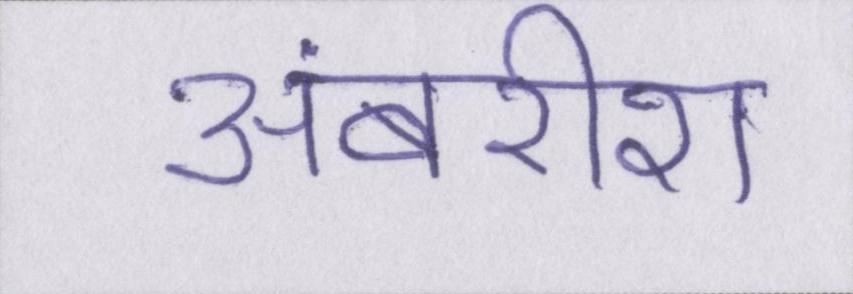
अंबरीश